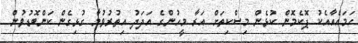
ހަމައެއާއެކު ޕޮކެމޮން ކުޅެން މިސްކިތަށް އަރާ މީހުންގެ އަދަދު އިތުރުވުމާ ގުޅިގެން ކަންބޮޑުވުން